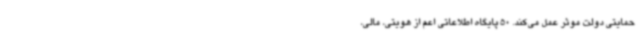
حمایتی دولت موثر عمل می‌کند. 50 پایگاه اطلاعاتی اعم از هویتی، مالی،